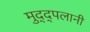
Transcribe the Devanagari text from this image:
मुद्द्पलानी